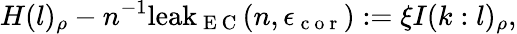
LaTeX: H(l)_{\rho}-n^{-1}\mathrm{leak}_{\mathrm{~E~C~}}(n,\epsilon_{\mathrm{~c~o~r~}}):=\xi I(k:l)_{\rho},